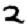
Digit: 2